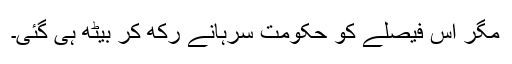
مگر اس فیصلے کو حکومت سرہانے رکھ کر بیٹھ ہی گئی۔